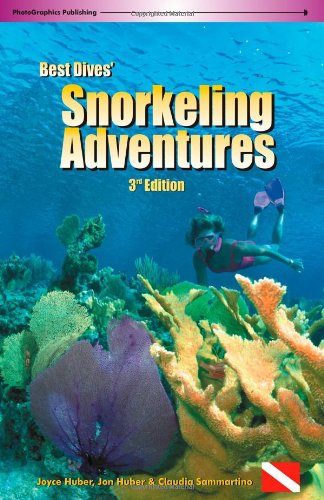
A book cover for Best Dives' Snorkeling Adventures (3rd Edition); Joyce Huber; Sports & Outdoors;